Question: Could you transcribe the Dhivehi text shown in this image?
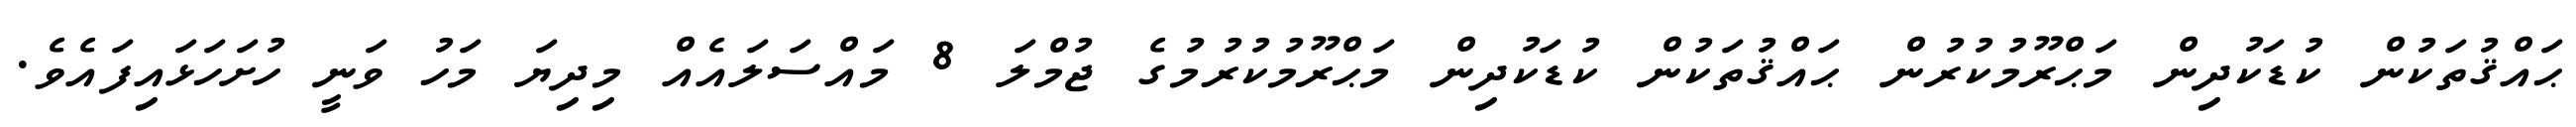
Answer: ޙައްޤުތަކުން ކުޑަކުދިން މަޙްރޫމުކުރުން ޙައްޤުތަކުން ކުޑަކުދިން މަޙްރޫމުކުރުމުގެ ޖުމްލަ 8 މައްސަލައެއް މިދިޔަ މަހު ވަނީ ހުށަހަޅައިފައެވެ.